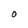
Character: 0